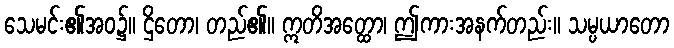
သေမင်း၏အဝ၌။ ဌိတော၊ တည်၏။ ဣတိအတ္ထော၊ ဤကားအနက်တည်း။ သမ္ပယာတော